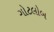
ગોટલોબ